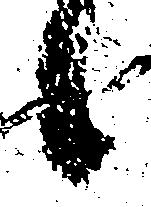
候